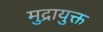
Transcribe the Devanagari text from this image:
मुद्रायुक्त